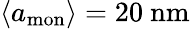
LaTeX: {\left<a_{\mathrm{mon}}\right>=20\ \mathrm{nm}}